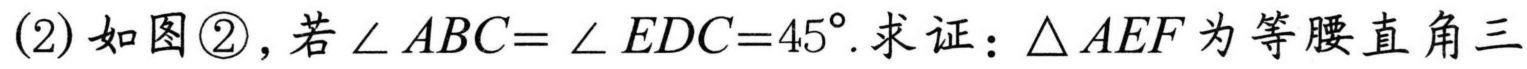
(2) 如图\textcircled{2}，若\(\angle ABC = \angle EDC = 45^{\circ}\). 求证：\(\triangle AEF\)为等腰直角三